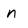
Character: n